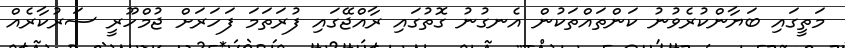
މަތީގައި ބަޔާންކުރެވުނު ކަންތައްތަކުން އެނގުނު ގޮތުގައި ރާއްޖޭގައި ފުރަތަމަ ފަހަރަށް ޖުމްހޫރީ ސަރުކާރެއް